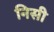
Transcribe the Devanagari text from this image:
निसी